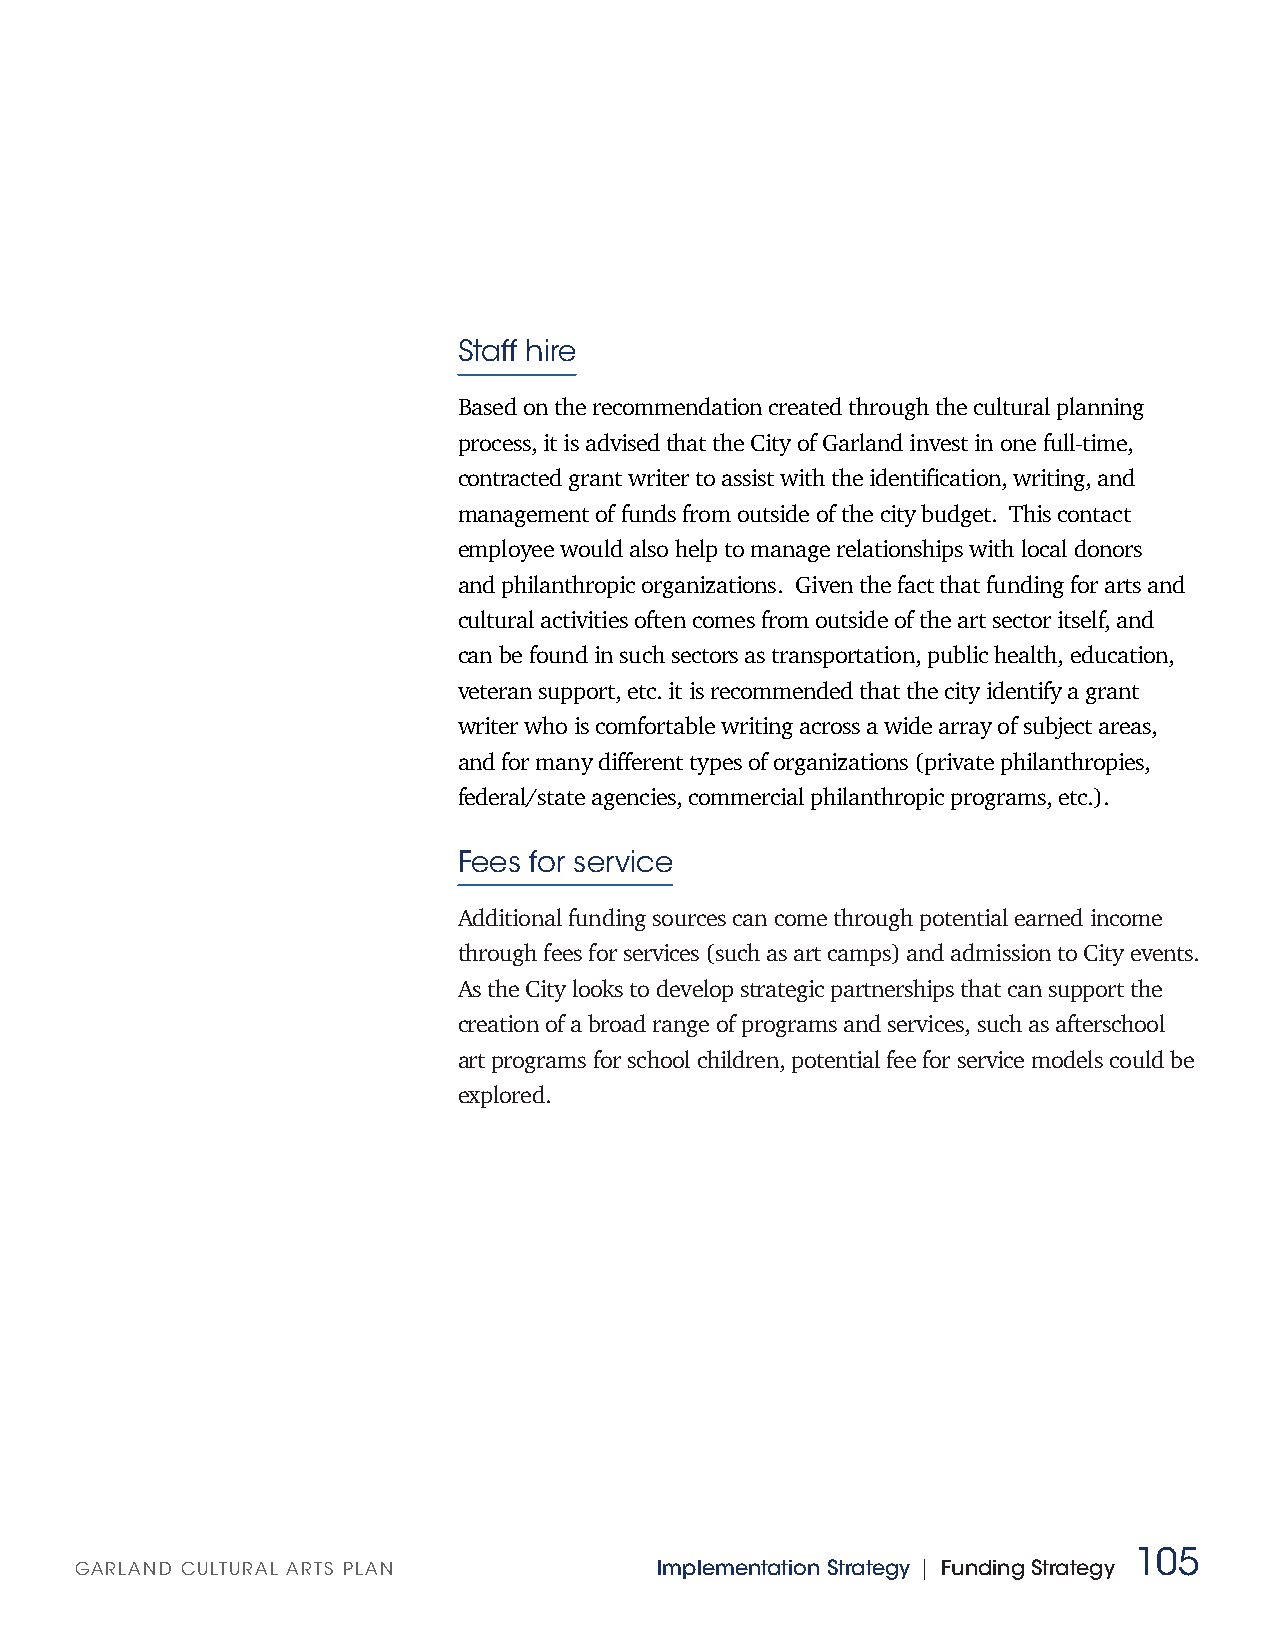
Staff hire
 Based on the recommendation created through the cultural planning
 process, it is advised that the City of Garland invest in one full-time,
 contracted grant writer to assist with the identification, writing, and
 management of funds from outside of the city budget. This contact
 employee would also help to manage relationships with local donors
 and philanthropic organizations. Given the fact that funding for arts and
 cultural activities often comes from outside of the art sector itself, and
 can be found in such sectors as transportation, public health, education,
 veteran support, etc. it is recommended that the city identify a grant
 writer who is comfortable writing across a wide array of subject areas,
 and for many different types of organizations (private philanthropies,
 federal/state agencies, commercial philanthropic programs, etc.).
 Fees for service
 Additional funding sources can come through potential earned income
 through fees for services (such as art camps) and admission to City events.
 As the City looks to develop strategic partnerships that can support the
 creation of a broad range of programs and services, such as afterschool
 art programs for school children, potential fee for service models could be
 explored.
 105
 GARLAND CULTURAL ARTS PLAN            Implementation Strategy | Funding Strategy